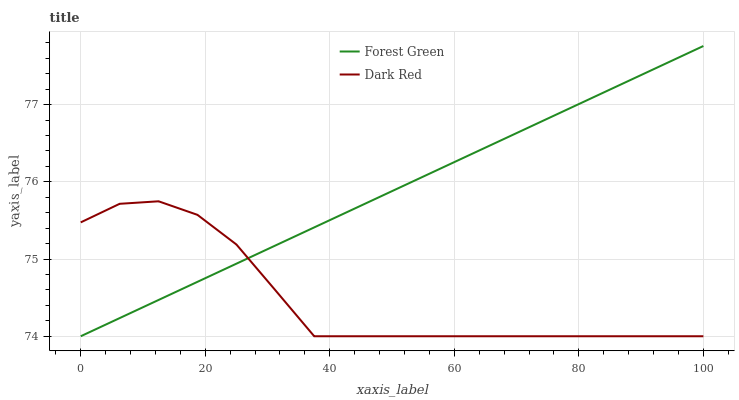
| xaxis_label | Forest Green | Dark Red |
 | --- | --- | --- |
 | 0 | 74 | 75.5 |
 | 6.25 | 74.2 | 75.7 |
 | 12.5 | 74.5 | 75.7 |
 | 18.8 | 74.7 | 75.6 |
 | 25 | 74.9 | 75.2 |
 | 31.2 | 75.2 | 74.6 |
 | 37.5 | 75.4 | 74 |
 | 43.8 | 75.6 | 74 |
 | 50 | 75.9 | 74 |
 | 56.2 | 76.1 | 74 |
 | 62.5 | 76.3 | 74 |
 | 68.8 | 76.6 | 74 |
 | 75 | 76.8 | 74 |
 | 81.2 | 77.1 | 74 |
 | 87.5 | 77.3 | 74 |
 | 93.8 | 77.5 | 74 |
 | 100 | 77.8 | 74 |